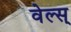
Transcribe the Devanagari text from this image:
वेल्स्